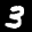
Label: 3